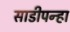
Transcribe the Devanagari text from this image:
साडीपन्हा